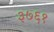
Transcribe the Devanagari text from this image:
३७६१